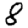
Digit: 8